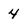
Character: 4